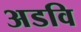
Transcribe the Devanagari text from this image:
अडवि